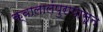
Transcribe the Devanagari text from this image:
क्वालालंपुरापासून